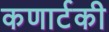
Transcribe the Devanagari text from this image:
कणार्टकी